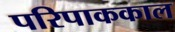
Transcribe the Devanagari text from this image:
परिपाककाल